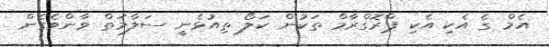
އެމް ގެ އެކި އެކި ޕްރޮގްރާމް ތަކުން ކަލޯ ތިއުޅެނީ ސަލާމަތް ވާންވެގެން